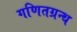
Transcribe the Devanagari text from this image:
गणितग्रन्थ